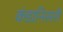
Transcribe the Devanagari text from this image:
कंडानिसरी